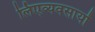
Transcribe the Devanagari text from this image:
लिएव्यवसायों